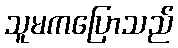
သူမကပြောသည်